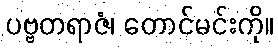
ပဗ္ဗတရာဇံ၊ တောင်မင်းကို။